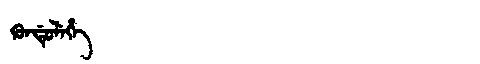
Manchu: ᡴᡠᠨᡩᡠᠯᡝᡥᡝ
Romanization: KUNDULEHE